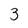
Character: 3